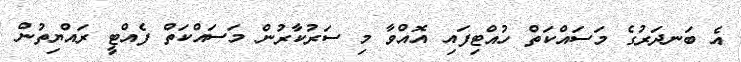
އެ ބަނދަރުގެ މަސައްކަތް ހުއްޓިފައި އޮއްވާ މި ސަރުކާރުން މަސައްކަތް ފެއްޓީ ރައްޔިތުން